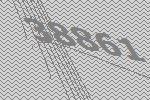
38861